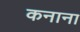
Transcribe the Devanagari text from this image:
कनाना